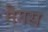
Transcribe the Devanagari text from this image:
मैगस